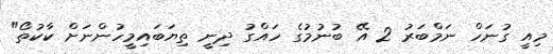
މިއީ ގުނަހް ނަމްބަރު 2 އޭ ބުނުމުގެ ހައްގު ދިނީ ތިޔަބައިމީހުންނަށް ކާކުތޯ"